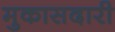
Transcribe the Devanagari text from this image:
मुकासदारी